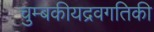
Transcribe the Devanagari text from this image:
चुम्बकीयद्रवगतिकी